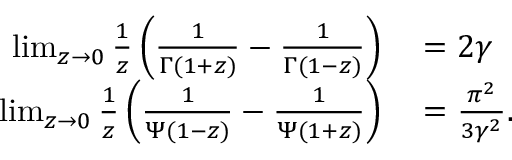
\begin{array} { r l } { \operatorname* { l i m } _ { z \to 0 } { \frac { 1 } { z } } \left( { \frac { 1 } { \Gamma ( 1 + z ) } } - { \frac { 1 } { \Gamma ( 1 - z ) } } \right) } & { { } = 2 \gamma } \\ { \operatorname* { l i m } _ { z \to 0 } { \frac { 1 } { z } } \left( { \frac { 1 } { \Psi ( 1 - z ) } } - { \frac { 1 } { \Psi ( 1 + z ) } } \right) } & { { } = { \frac { \pi ^ { 2 } } { 3 \gamma ^ { 2 } } } . } \end{array}